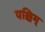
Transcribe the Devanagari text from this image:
पश्चिम्